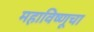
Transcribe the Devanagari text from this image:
महाविष्णूचा